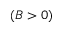
( B > 0 )